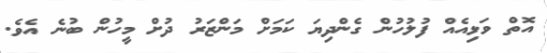
އޮތް ވަޅިއެއް ފުލުހުން ގެންދިޔަ ކަމަށް މަންޒަރު ދުށް މީހުން ބުނެ އެވެ.